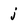
Character: j